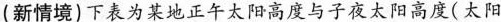
(新情境)下表为某地正午太阳高度与子夜太阳高度(太阳